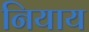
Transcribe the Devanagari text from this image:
नियाय